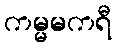
ကမ္မမကရီ